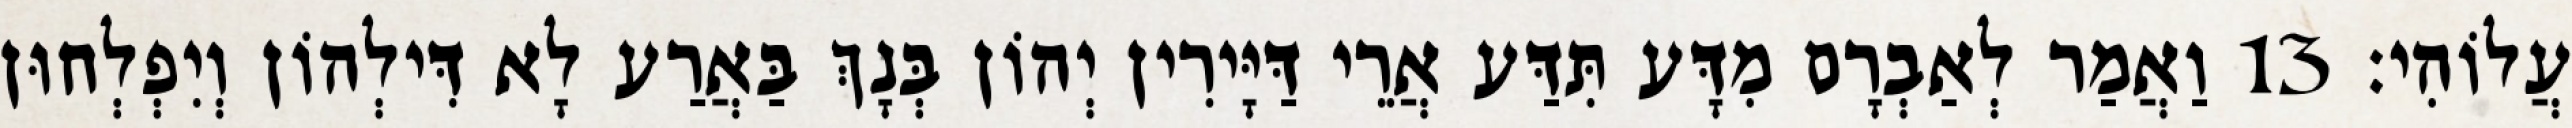
עֲלוֹהִי׃ 13 וַאֲמַר לְאַבְרָם מִדָּע תִּדַּע אֲרֵי דַּיָּירִין יְהוֹן בְּנָךְ בַּאֲרַע לָא דִּילְהוֹן וְיִפְלְחוּן